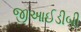
જીઆઈડીબી